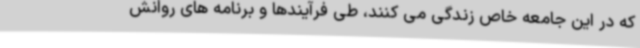
که در این جامعه خاص زندگی می کنند، طی فرآیندها و برنامه های روانش